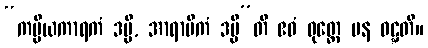
“ကပ္ပိယကာရကံ ဒမ္မိ, အာရာမိကံ ဒမ္မီ”တိ ဧဝံ ဝုတ္တေ ပန ဝဋ္ဋတိ။